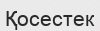
Қосестек